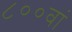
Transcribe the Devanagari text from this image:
८००वां